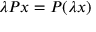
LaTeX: \lambda P x = P ( \lambda x )